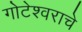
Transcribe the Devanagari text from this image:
गोटेश्वराचे